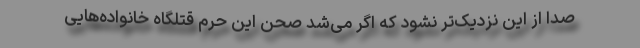
صدا از این نزدیک‌تر نشود که اگر می‌شد صحن این حرم قتلگاه خانواده‌هایی